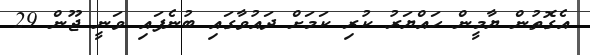
އެގޮތުން ޔާމީން ހައްޔަރު ކުރި ކަމަށް ދައުވާގައި ބުނެފައި ވަނީ ޖޫން 29